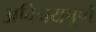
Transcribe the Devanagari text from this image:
अविनयपूर्ण